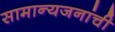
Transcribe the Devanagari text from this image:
सामान्यजनांची